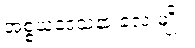
အစ္စယဒေသနာ လေးမျိုး။